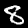
Label: 8